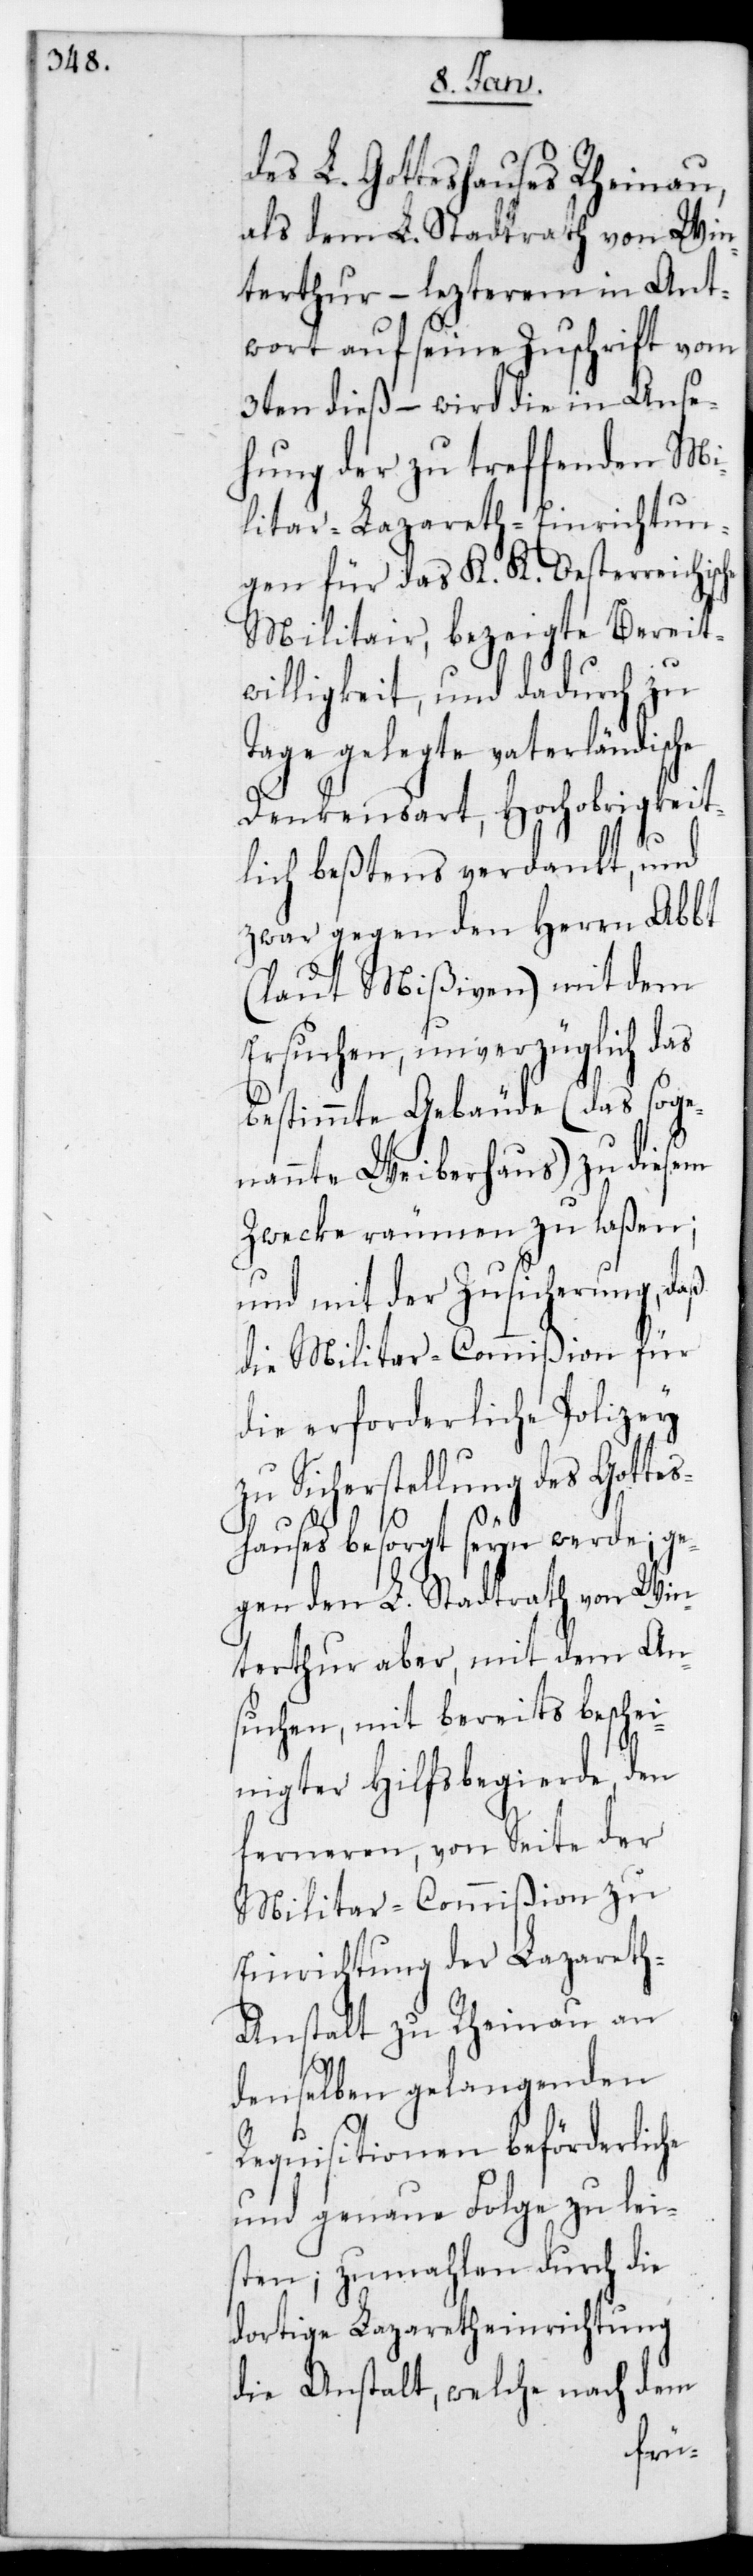
des L. Gotteshauses Rheinau,
als dem L. Stadtrath von Win¬
terthur – lezterem in Ant¬
wort auf seine Zuschrift vom
3ten dieß – wird die in Anse¬
hung der zu treffenden Mi¬
litar-Lazareth-Einrichtun¬
gen für das K. K. Oesterreichische
Militar, bezeigte Bereit¬
willigkeit, und dadurch zu
Tage gelegte vaterländische
Denkensart, Hochobrigkeit¬
lich bestens verdankt, und
zwar gegen den Herrn Abbt
(laut Mißiven) mit dem
Ersuchen, unverzüglich das
bestimmte Gebäude (das soge¬
nannte Weiberhaus) zu diesem
Zwecke räumen zu laßen;
und mit der Zusicherung, daß
die Militar-Commißion für
die erforderliche Polizey
zu Sicherstellung des Gottes¬
hauses besorgt sein werde; ge¬
gen den L. Stadtrath von Win¬
terthur aber, mit dem An¬
suchen, mit bereits beschei¬
nigter Hilfsbegierde, den
ferneren, von Seite der
Militar-Commißion zu
Einrichtung der Lazaret¬
h-Anstalt zu Rheinau an
denselben gelangenden
Requisitionen beförderliche
und genaue Folge zu leis¬
ten; zumalen durch die
dortige Lazarethinrichtung
die Anstalt, welche nach dem